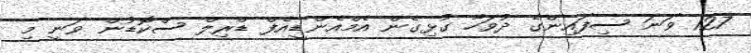
127 ވަނަ ސިފައިންގެ ދުވަހާ ގުޅިގެން އެމްއެންޑީއެފް ޑްރިލް ސްކޮޑުން ވަނީ މި